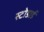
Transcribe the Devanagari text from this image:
स्टोडार्ड